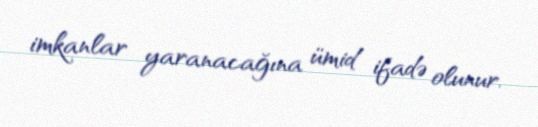
imkanlar yaranacağına ümid ifadə olunur.